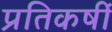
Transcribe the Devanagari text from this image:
प्रतिकर्षी